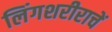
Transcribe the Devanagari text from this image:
लिंगशरीराचें